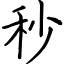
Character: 秒